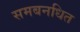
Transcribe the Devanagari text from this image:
समबनधित